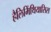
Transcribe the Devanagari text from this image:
हैलिमिंथियासिस